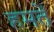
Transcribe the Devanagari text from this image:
हमतें